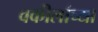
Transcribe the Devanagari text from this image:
वकीलांच्या